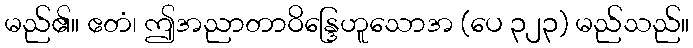
မည်၏။ ဧတံ၊ ဤအညာတာဝိန္ဒြေဟူသောအ (ပေ ၃၂၃) မည်သည်။